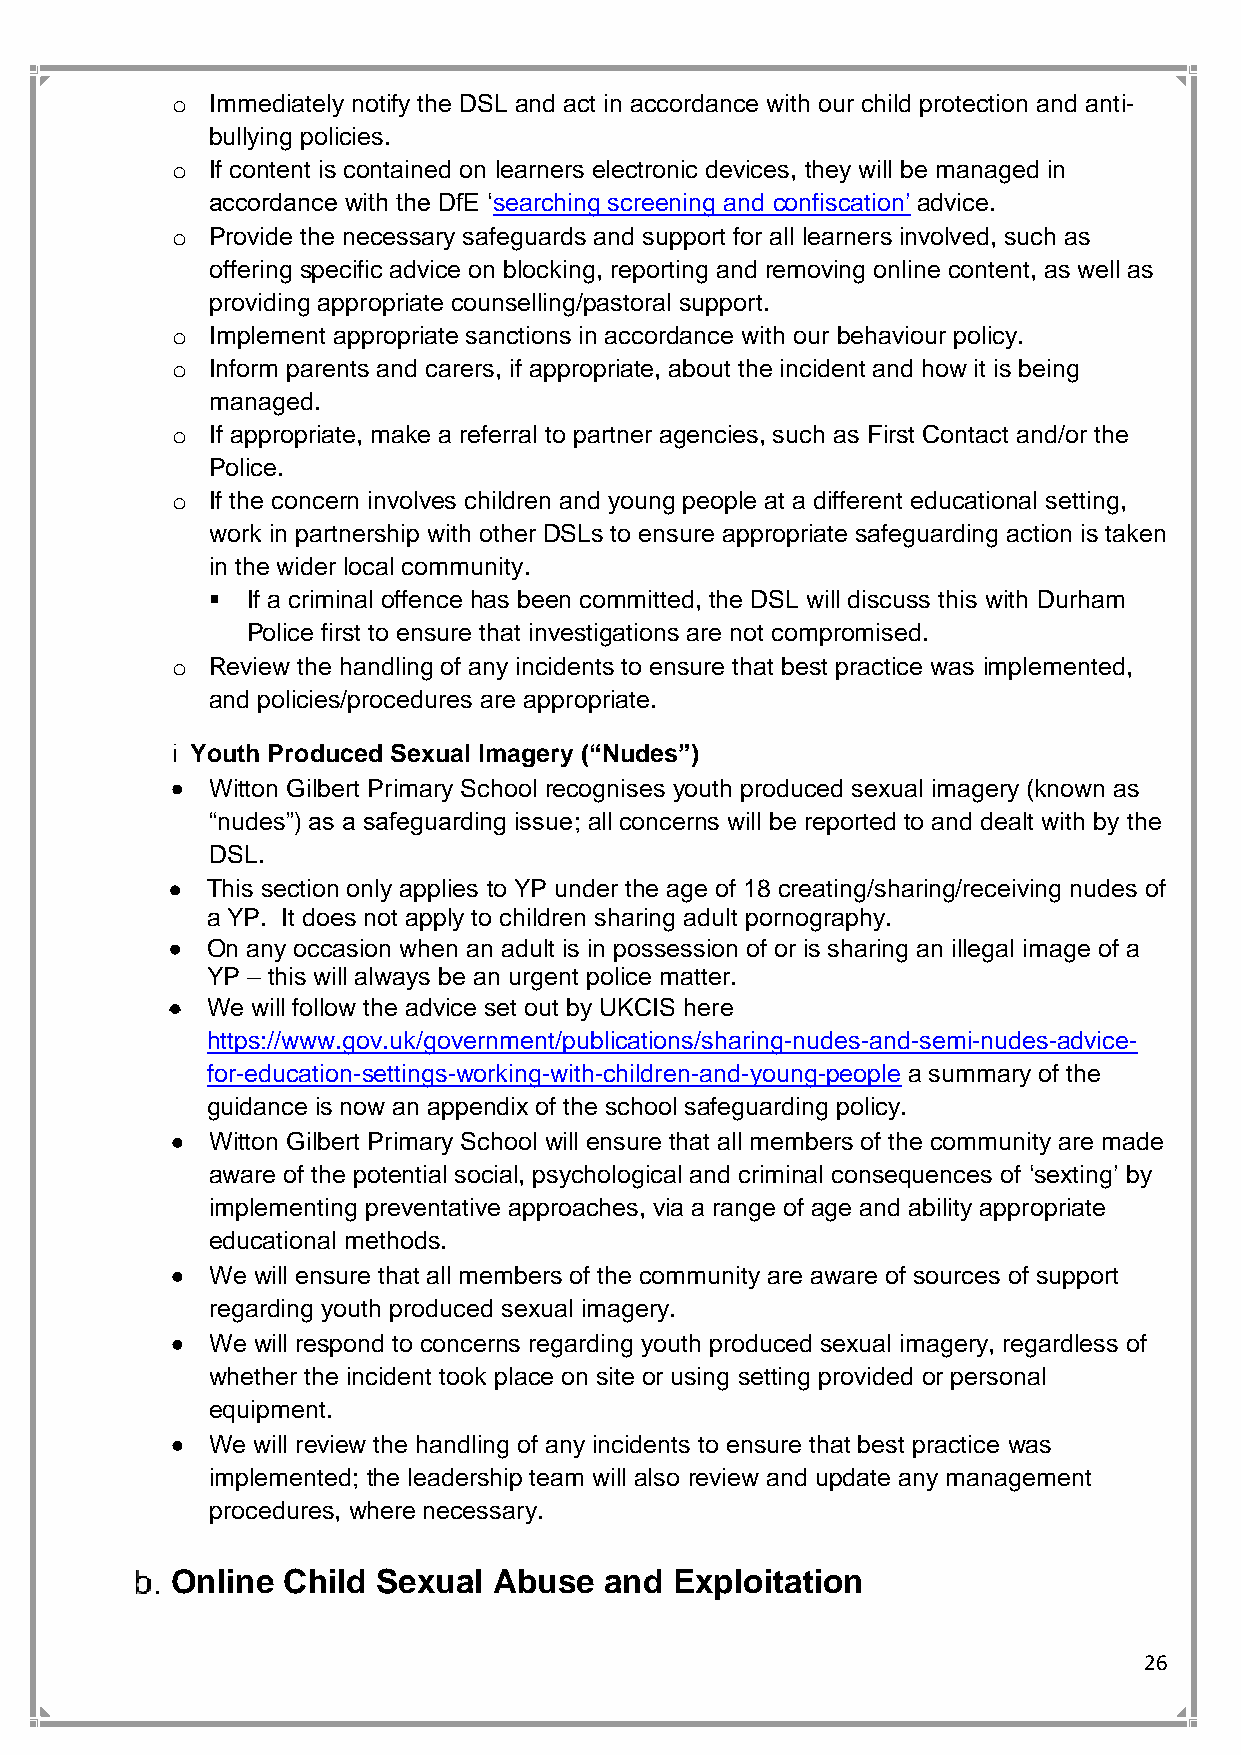
o  Immediately notify the DSL and act in accordance with our child protection and anti-
 bullying policies.
 o  If content is contained on learners electronic devices, they will be managed in
 accordance with the DfE ‘searching screening and confiscation’ advice.
 o  Provide the necessary safeguards and support for all learners involved, such as
 offering specific advice on blocking, reporting and removing online content, as well as
 providing appropriate counselling/pastoral support.
 o  Implement appropriate sanctions in accordance with our behaviour policy.
 o  Inform parents and carers, if appropriate, about the incident and how it is being
 managed.
 o  If appropriate, make a referral to partner agencies, such as First Contact and/or the
 Police.
 o  If the concern involves children and young people at a different educational setting,
 work in partnership with other DSLs to ensure appropriate safeguarding action is taken
 in the wider local community.
 ▪ If a criminal offence has been committed, the DSL will discuss this with Durham
 Police first to ensure that investigations are not compromised.
 o  Review the handling of any incidents to ensure that best practice was implemented,
 and policies/procedures are appropriate.
 Youth Produced Sexual Imagery (“Nudes”)
 •  Witton Gilbert Primary School recognises youth produced sexual imagery (known as
 “nudes”) as a safeguarding issue; all concerns will be reported to and dealt with by the
 DSL.
 •  This section only applies to YP under the age of 18 creating/sharing/receiving nudes of
 a YP. It does not apply to children sharing adult pornography.
 •  On any occasion when an adult is in possession of or is sharing an illegal image of a
 YP – this will always be an urgent police matter.
 •  We will follow the advice set out by UKCIS here
 https://www.gov.uk/government/publications/sharing-nudes-and-semi-nudes-advice-
 for-education-settings-working-with-children-and-young-people a summary of the
 guidance is now an appendix of the school safeguarding policy.
 •  Witton Gilbert Primary School will ensure that all members of the community are made
 aware of the potential social, psychological and criminal consequences of ‘sexting’ by
 implementing preventative approaches, via a range of age and ability appropriate
 educational methods.
 •  We will ensure that all members of the community are aware of sources of support
 regarding youth produced sexual imagery.
 •  We will respond to concerns regarding youth produced sexual imagery, regardless of
 whether the incident took place on site or using setting provided or personal
 equipment.
 •  We will review the handling of any incidents to ensure that best practice was
 implemented; the leadership team will also review and update any management
 procedures, where necessary.
 Online  Child Sexual  Abuse  and  Exploitation
 26